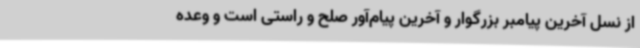
از نسل آخرین پیامبر بزرگوار و آخرین پیام‌آور صلح و راستی است و وعده